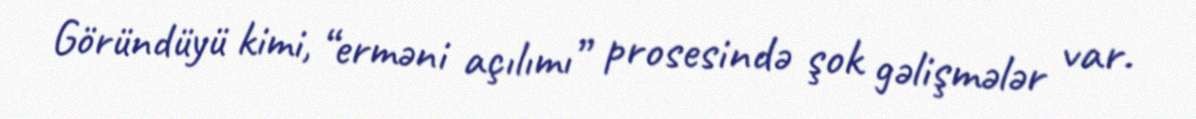
Göründüyü kimi, “erməni açılımı” prosesində şok gəlişmələr var.